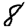
Digit: 8